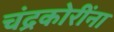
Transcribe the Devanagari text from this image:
चंद्रकोरींना